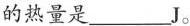
的热量是___J。